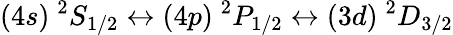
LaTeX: (4s)~^{2}S_{1/2}\leftrightarrow(4p)~^{2}P_{1/2}\leftrightarrow(3d)~^{2}D_{3/2}